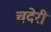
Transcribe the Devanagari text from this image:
चदेरी